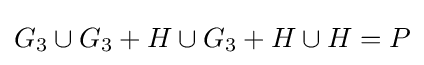
G_{3}\cup G_{3}+H\cup G_{3}+H\cup H=P